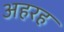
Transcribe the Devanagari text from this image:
अहरह